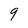
Character: 9